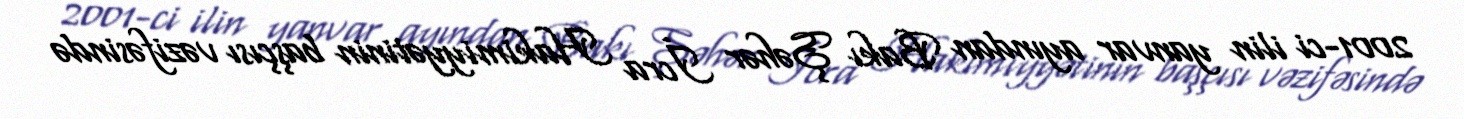
2001-ci ilin yanvar ayından Bakı Şəhər İcra Hakimiyyətinin başçısı vəzifəsində